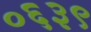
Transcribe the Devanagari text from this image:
०६३९